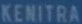
KENITRA